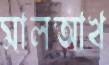
মালআখ